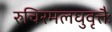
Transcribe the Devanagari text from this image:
रुचिरमलघुवृत्तैः